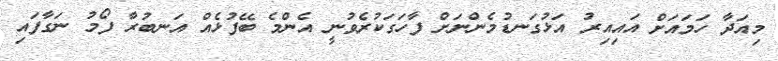
މިއަދާ ހަމައަށް އައިއިރު އަޅުގަނޑުމެންނަށް ފާހަގަކުރެވުނީ އެންމެ ބޭފުޅެއް އަނބުރާ ފޯމު ނަގާފައި